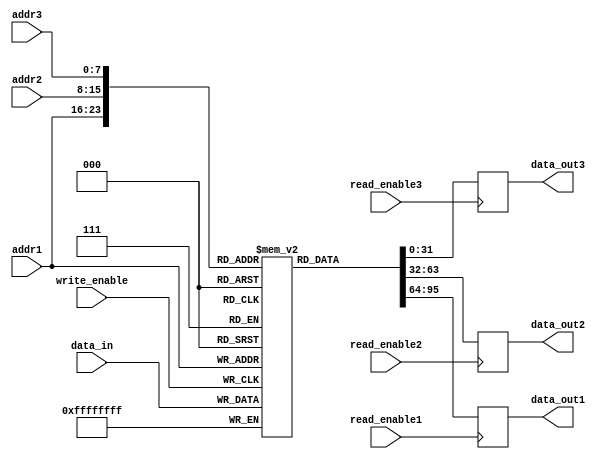
module triple_port_register_file (
    input wire [7:0] addr1,
    input wire [7:0] addr2,
    input wire [7:0] addr3,
    input wire [31:0] data_in,
    input wire write_enable,
    input wire read_enable1,
    input wire read_enable2,
    input wire read_enable3,
    output reg [31:0] data_out1,
    output reg [31:0] data_out2,
    output reg [31:0] data_out3
);

reg [31:0] memory [0:255];

always @ (posedge write_enable) begin
    memory[addr1] <= data_in;
end

always @ (posedge read_enable1) begin
    data_out1 <= memory[addr1];
end

always @ (posedge read_enable2) begin
    data_out2 <= memory[addr2];
end

always @ (posedge read_enable3) begin
    data_out3 <= memory[addr3];
end

endmodule